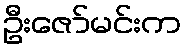
ဦးဇော်မင်းက